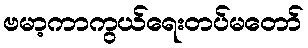
ဗမာ့ကာကွယ်ရေးတပ်မတော်